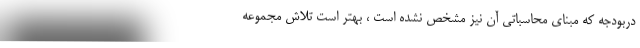
دربودجه که مبنای محاسباتی آن نیز مشخص نشده است ، بهتر است تلاش مجموعه